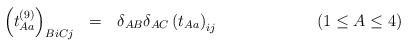
LaTeX: \begin{align*}\left(t_{Aa}^{(9)}\right)_{BiCj}\ \ =\ \ \delta_{AB}\delta_{AC}\left(t_{Aa}\right)_{ij}\qquad\qquad\qquad(1\leq A\leq4)\qquad\qquad\qquad\quad\end{align*}